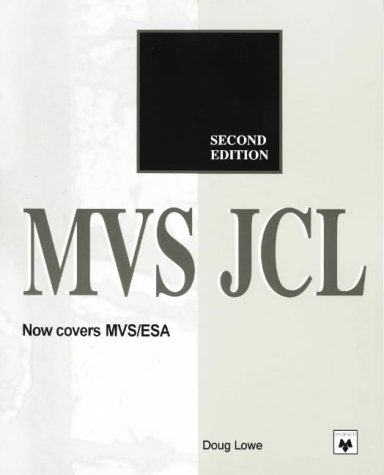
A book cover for MVS JCL (2nd Edition); Doug Lowe; Computers & Technology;